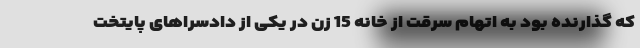
که گذارنده بود به اتهام سرقت از خانه 15 زن در یکی از دادسراهای پایتخت